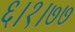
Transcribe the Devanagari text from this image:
६।१।७७